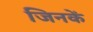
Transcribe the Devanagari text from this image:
जिनकें